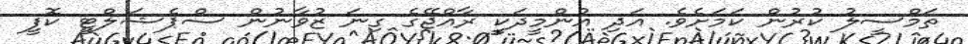
ތަމްސީލު ކުރުން ކަމަށެވެ. އަދި އުންމީދަކީ ރާއްޖޭގެ ގިނަ ޒުވާނުން ސްޕެޝަލްޓީ ކޮފީ